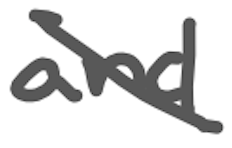
Text: and
Cross-out: diagonal
Writing tool: digital_gray